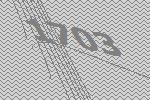
1703